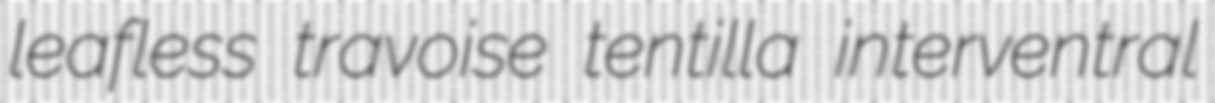
leafless travoise tentilla interventral